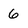
Character: 6